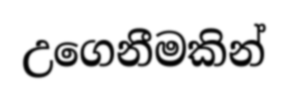
උගෙනීමකින්